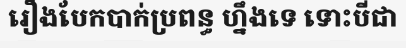
រឿងបែកបាក់ប្រពន្ធ ហ្នឹងទេ ទោះបីជា